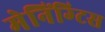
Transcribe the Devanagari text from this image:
मेनिंग्टिस